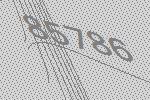
85786